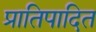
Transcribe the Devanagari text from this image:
प्रातिपादित